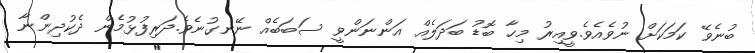
ބުނެވޭ ކަމަކަށް ނުވެއެވެ.ވީއިރު މިހާ ބޮޑު ބަދަލެއް އަންނަންވީ ސަބަބެއް ނޭނގުނެވެ.ދަރިފުޅުމެން ދެކުދިންނާ